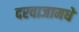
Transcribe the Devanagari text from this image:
दरवाजामधे